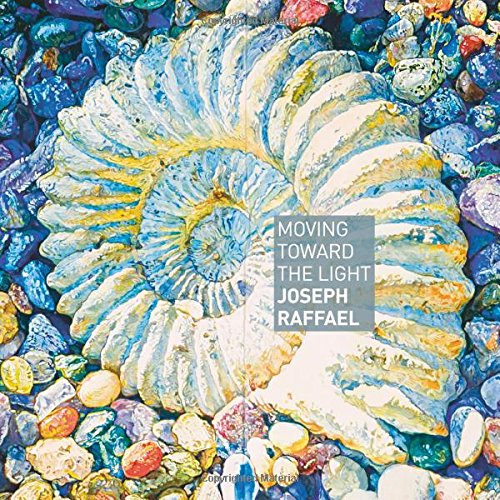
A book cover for Moving Toward the Light: Joseph Raffael; Lanie Goodman; Arts & Photography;